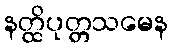
နတ္ထိပုတ္တသမေန